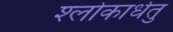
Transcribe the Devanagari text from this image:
श्लोकार्धेतु